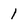
Character: 1